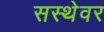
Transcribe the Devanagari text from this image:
सस्थेवर